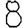
Digit: 8